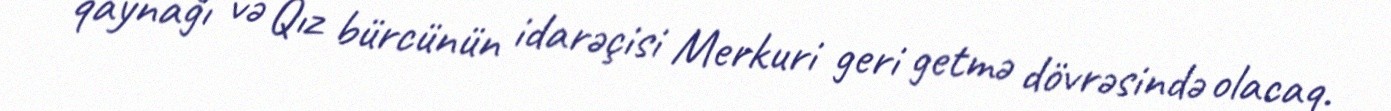
qaynağı və Qız bürcünün idarəçisi Merkuri geri getmə dövrəsində olacaq.